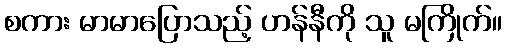
စကား မာမာပြောသည့် ဟန်နီကို သူ မကြိုက်။